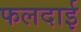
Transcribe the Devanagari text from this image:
फलदाई